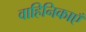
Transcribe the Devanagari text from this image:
वाहिनिकाएँ